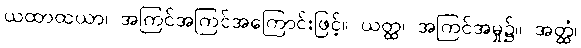
ယထာထယာ၊ အကြင်အကြင်အကြောင်းဖြင့်။ ယတ္ထ၊ အကြင်အမှု၌။ အတ္ထံ၊